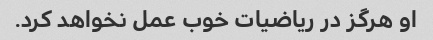
او هرگز در ریاضیات خوب عمل نخواهد کرد.